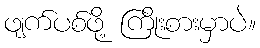
ဖျက်ပစ်ဖို့ ကြိုးစားမှာပဲ။